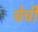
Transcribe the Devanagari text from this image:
चेची